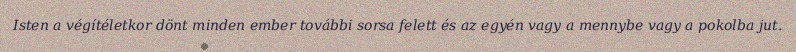
Isten a végítéletkor dönt minden ember további sorsa felett és az egyén vagy a mennybe vagy a pokolba jut.